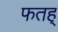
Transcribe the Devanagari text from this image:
फतह्